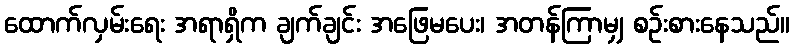
ထောက်လှမ်းရေး အရာရှိက ချက်ချင်း အဖြေမပေး၊ အတန်ကြာမျှ စဉ်းစားနေသည်။